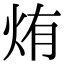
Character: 烠